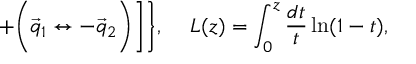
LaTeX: + \Biggl ( \vec { q } _ { 1 } \leftrightarrow - \vec { q } _ { 2 } \Biggr ) \Biggr ] \Biggr \} , \, \ \ \ L ( z ) = \int _ { 0 } ^ { z } \frac { d t } { t } \ln ( 1 - t ) ,